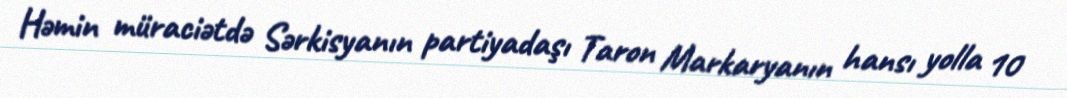
Həmin müraciətdə Sərkisyanın partiyadaşı Taron Markaryanın hansı yolla 10